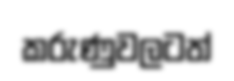
කරුණුවලටත්